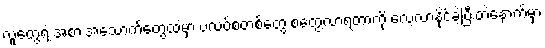
လူတွေရဲ့ အစားအသောက်တွေထဲမှာ ပလပ်စတစ်တွေ စတွေ့လာရတာကို လေ့လာနိုင်ခဲ့ပြီးတဲ့နောက်မှာ